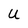
Character: U